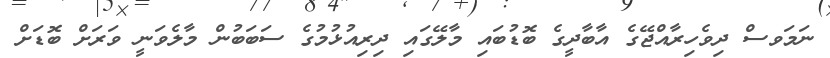
ނަމަވސް ދިވެހިރާއްޖޭގެ އާބާދީގެ ބޮޑުބައި މާލޭގައި ދިރިއުޅުމުގެ ސަބަބުން މާލެވަނީ ވަރަށް ބޮޑަށް